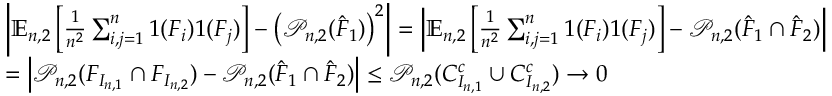
\begin{array} { r l } & { \left| \mathbb { E } _ { n , 2 } \left[ \frac { 1 } { n ^ { 2 } } \sum _ { i , j = 1 } ^ { n } 1 ( F _ { i } ) 1 ( F _ { j } ) \right] - \left( \mathcal { P } _ { n , 2 } ( \hat { F } _ { 1 } ) \right) ^ { 2 } \right| = \left| \mathbb { E } _ { n , 2 } \left[ \frac { 1 } { n ^ { 2 } } \sum _ { i , j = 1 } ^ { n } 1 ( F _ { i } ) 1 ( F _ { j } ) \right] - \mathcal { P } _ { n , 2 } ( \hat { F } _ { 1 } \cap \hat { F } _ { 2 } ) \right| } \\ & { = \left| \mathcal { P } _ { n , 2 } ( F _ { I _ { n , 1 } } \cap F _ { I _ { n , 2 } } ) - \mathcal { P } _ { n , 2 } ( \hat { F } _ { 1 } \cap \hat { F } _ { 2 } ) \right| \le \mathcal { P } _ { n , 2 } ( C _ { I _ { n , 1 } } ^ { c } \cup C _ { I _ { n , 2 } } ^ { c } ) \rightarrow 0 } \end{array}